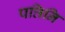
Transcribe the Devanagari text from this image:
पत्तिनि